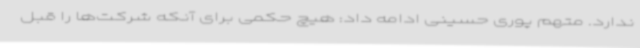
ندارد. متهم پوری حسینی ادامه داد: هیچ حکمی برای آنکه شرکت‌ها را قبل